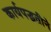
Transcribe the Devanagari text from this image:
कार्यपद्धतीने